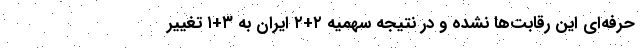
حرفه‌ای این رقابت‌ها نشده و در نتیجه سهمیه ۲+۲ ایران به ۳+۱ تغییر